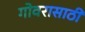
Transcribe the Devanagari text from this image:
गोवरासाठी